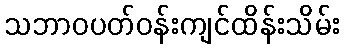
သဘာဝပတ်ဝန်းကျင်ထိန်းသိမ်း